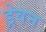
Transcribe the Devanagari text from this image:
ड्रेवन